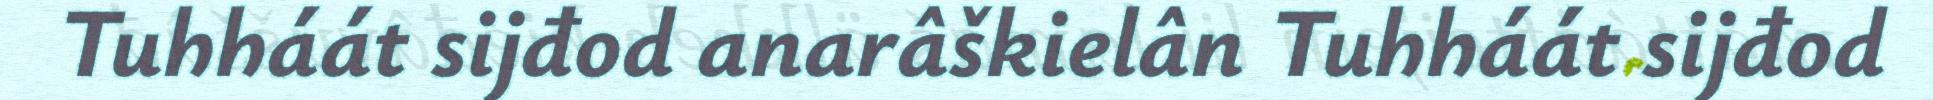
Tuhháát sijđod anarâškielân Tuhháát sijđod